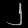
Digit: ၂